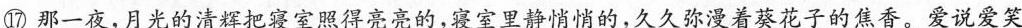
⑰那一夜，月光的清辉把寝室照得亮亮的，寝室里静悄悄的，久久弥漫着葵花子的焦香。爱说爱笑